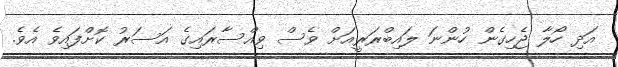
އަދި ހޯލާ ޖެހިގެން ހުންނަ ލައިބްރަރީއަށް ވެސް ވިއްސާރައިގެ އަސަރު ކޮށްފައިވެ އެވެ.